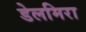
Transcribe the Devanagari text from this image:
डेलमिरा